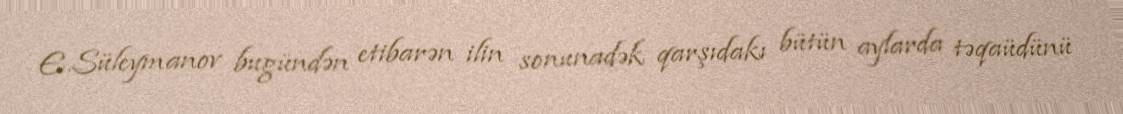
E.Süleymanov bugündən etibarən ilin sonunadək qarşıdakı bütün aylarda təqaüdünü